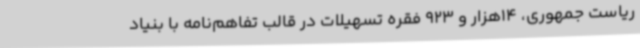
ریاست جمهوری، 14هزار و 923 فقره تسهیلات در قالب تفاهم‌نامه با بنیاد